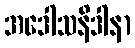
အဒေါသနိဒါနာ